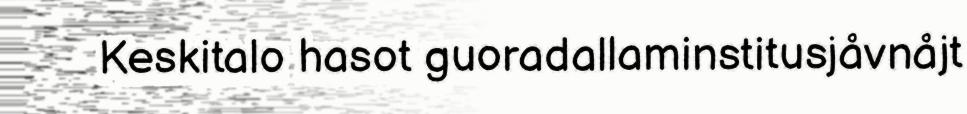
Keskitalo hasot guoradallaminstitusjåvnåjt